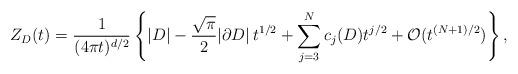
LaTeX: \begin{align*}Z_D(t)=\frac{1}{(4\pi t)^{d/2}}\left\{|D| -\frac{\sqrt{\pi}}{2}|\partial D|\,t^{1/2}+\sum_{j=3}^N c{_j}(D) t^{j/2}+ \mathcal{O}(t^{{(N+1)}/2})\right\}, \end{align*}